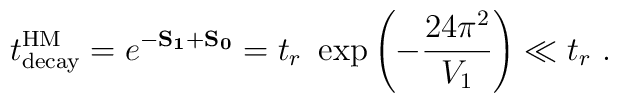
t^{\rm HM}_{\rm decay} = e^{-\bf S_1+\bf S_0} = t_r \ \exp\left(-{24\pi^2\over V_1}\right) \ll t_r\ .